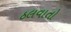
ઠલવાતો